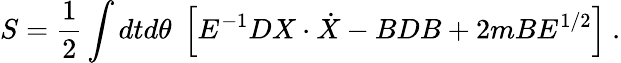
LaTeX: S={\frac{1}{2}}\int dtd\theta\; \left[E^{-1}DX\cdot\dot{X}-BDB+2mBE^{1/2}\right]\ .